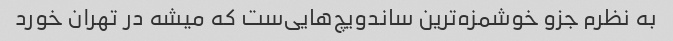
به نظرم جزو خوشمزه‌ترین ساندویچ‌هایی‌ست که میشه در تهران خورد